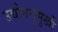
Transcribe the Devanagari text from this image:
उद्योगनुमुखी